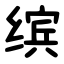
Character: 缤